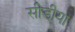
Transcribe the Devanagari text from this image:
सीडीया